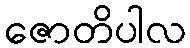
ဇောတိပါလ